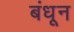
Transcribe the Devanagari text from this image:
बंधून